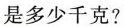
是多少千克?